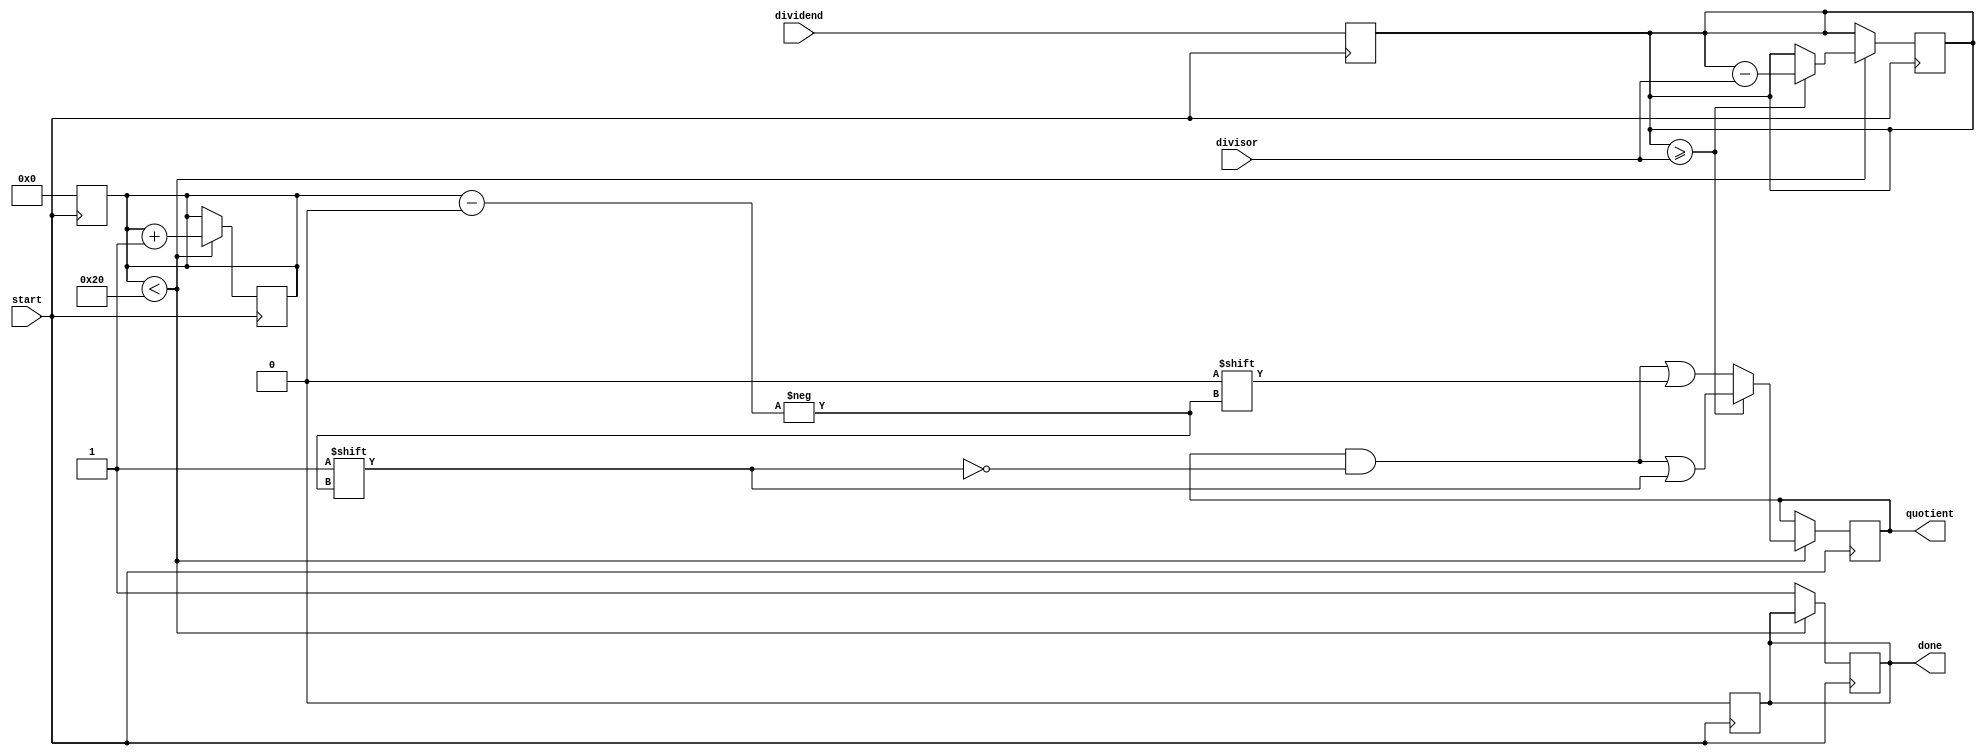
module AsyncDivider(
    input wire [31:0] dividend,
    input wire [31:0] divisor,
    input wire start,
    output reg [31:0] quotient,
    output reg done
);

reg [31:0] remainder;
reg [4:0] count;

always @ (posedge start) begin
    remainder <= dividend;
    count <= 0;
    done <= 0;
end

always @ (posedge start) begin
    if (count < 32) begin
        if (remainder >= divisor) begin
            remainder <= remainder - divisor;
            quotient[count] <= 1;
        end else begin
            quotient[count] <= 0;
        end
        count <= count + 1;
    end else begin
        done <= 1;
    end
end

endmodule